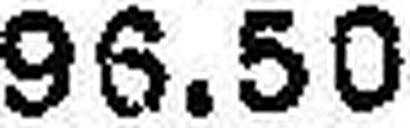
96.50